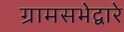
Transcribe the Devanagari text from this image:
ग्रामसभेद्वारे